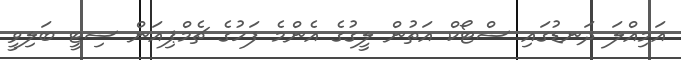
އަމިއްލަ ދަނޑުގައި ސްޓޯކް އަތުން ލީގުގެ އެންމެ ފަހުގެ ޗެމްޕިއަން ސިޓީ ބަލިވީ